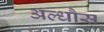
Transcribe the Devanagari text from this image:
अल्धौस